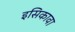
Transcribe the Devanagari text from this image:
इसिकावा